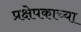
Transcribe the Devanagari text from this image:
प्रक्षेपकाच्या